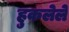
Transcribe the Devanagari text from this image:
हुकलेले